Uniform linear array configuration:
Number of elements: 4
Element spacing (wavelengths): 0.75
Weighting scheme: kaiser
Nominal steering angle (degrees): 30
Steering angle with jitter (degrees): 28.807
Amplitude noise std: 0.05
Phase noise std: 0.05

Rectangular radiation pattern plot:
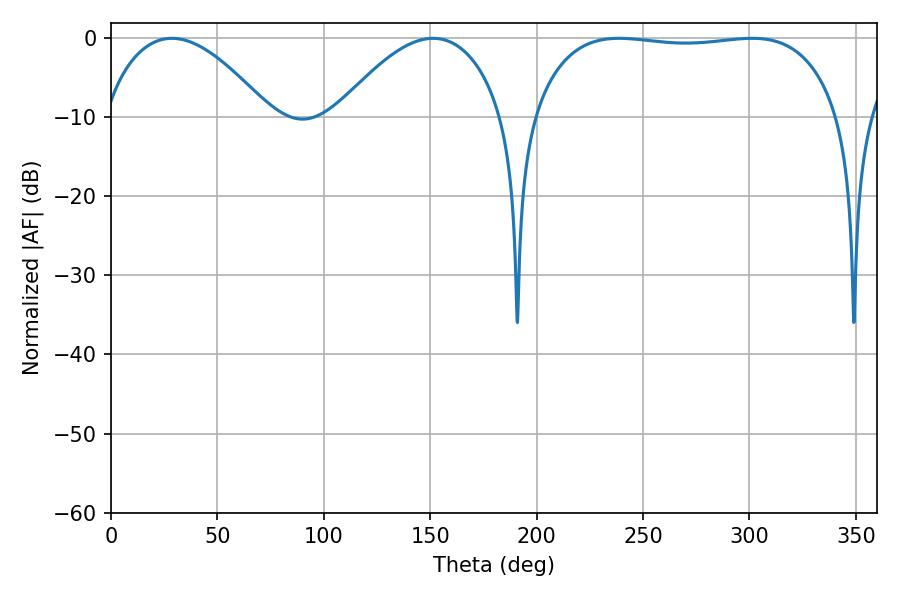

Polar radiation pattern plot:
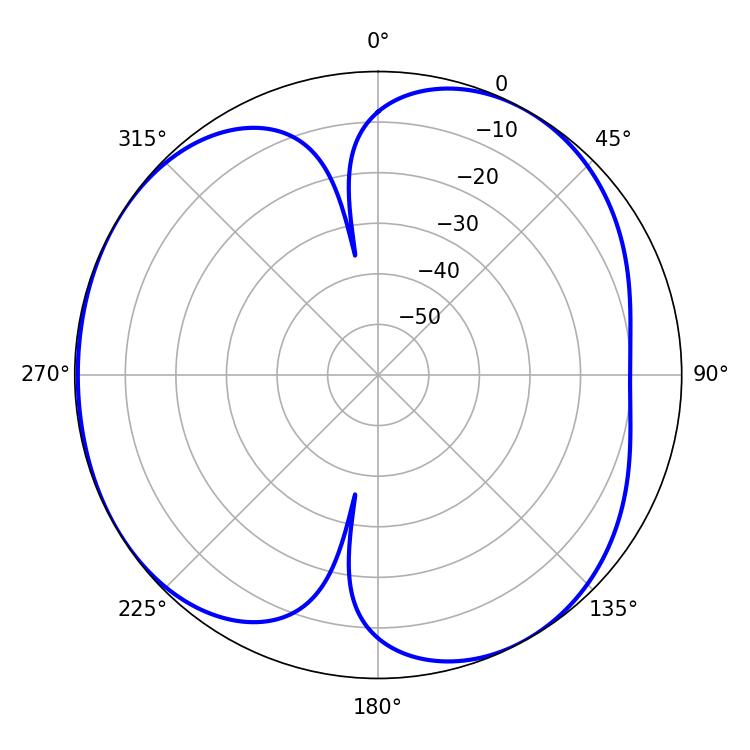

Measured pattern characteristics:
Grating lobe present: TRUE
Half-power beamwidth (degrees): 114.48
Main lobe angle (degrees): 238.68